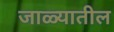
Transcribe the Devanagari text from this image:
जाळ्यातील